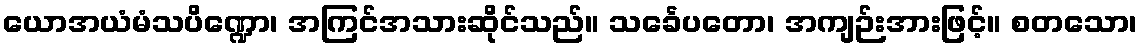
ယောအယံမံသပိဏ္ဍော၊ အကြင်အသားဆိုင်သည်။ သင်္ခေပတော၊ အကျဉ်းအားဖြင့်။ စတသော၊